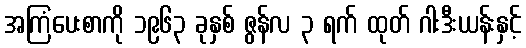
အကြံပေးစာကို ၁၉၆၃ ခုနှစ် ဇွန်လ ၃ ရက် ထုတ် ဂါးဒီးယန်းနှင့်